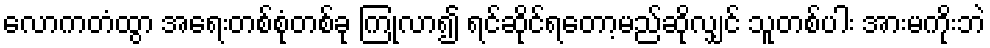
လောကတံထွာ အရေးတစ်စုံတစ်ခု ကြုံလာ၍ ရင်ဆိုင်ရတော့မည်ဆိုလျှင် သူတစ်ပါး အားမကိုးဘဲ